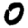
Digit: 0